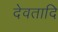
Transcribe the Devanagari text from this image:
देवतादि